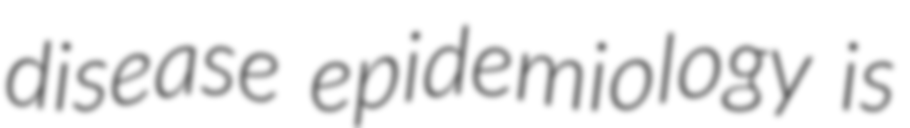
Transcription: disease epidemiology is